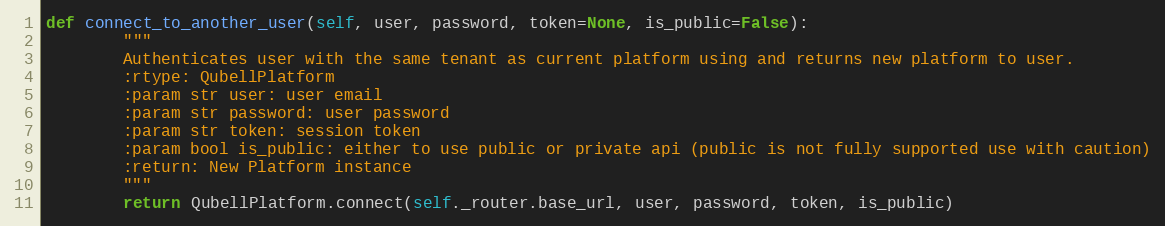
Language: Python
def connect_to_another_user(self, user, password, token=None, is_public=False):
        """
        Authenticates user with the same tenant as current platform using and returns new platform to user.
        :rtype: QubellPlatform
        :param str user: user email
        :param str password: user password
        :param str token: session token
        :param bool is_public: either to use public or private api (public is not fully supported use with caution)
        :return: New Platform instance
        """
        return QubellPlatform.connect(self._router.base_url, user, password, token, is_public)